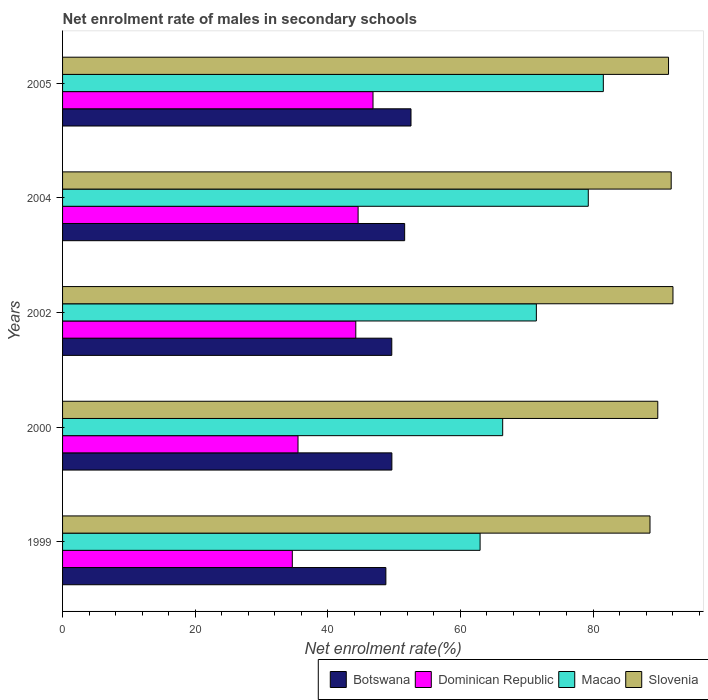
| Years | Botswana | Dominican Republic | Macao | Slovenia |
 | --- | --- | --- | --- | --- |
 | 1999 | 48.8 | 34.6 | 63 | 88.6 |
 | 2000 | 49.7 | 35.5 | 66.4 | 89.8 |
 | 2002 | 49.7 | 44.2 | 71.5 | 92.1 |
 | 2004 | 51.6 | 44.6 | 79.3 | 91.8 |
 | 2005 | 52.6 | 46.8 | 81.6 | 91.4 |